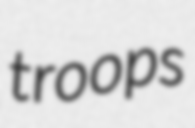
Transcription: troops